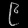
Digit: ၉